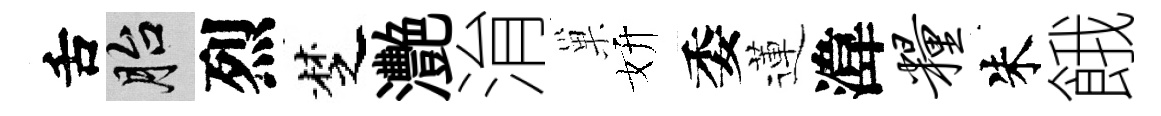
舌胎烈椘灧㳙巢妍委蓮湋粮朱餓